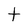
Character: t